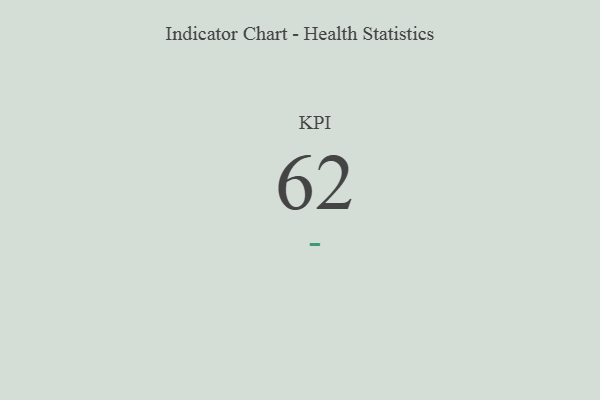
{"axis": {"x": "KPI", "y": "Value"}, "legend": [""], "data": [{"x": "KPI", "y": 62, "type": ""}]}